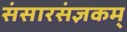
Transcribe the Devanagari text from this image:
संसारसंज्ञकम्